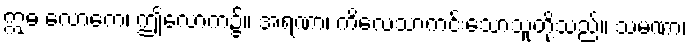
ဣဓ လောကေ၊ ဤလောက၌။ အရဏာ၊ ကိလေသာကင်းသောသူတို့သည်။ သမဏာ၊